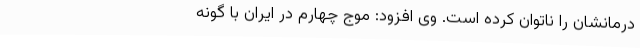
درمانشان را ناتوان کرده است. وی افزود: موج چهارم در ایران با گونه